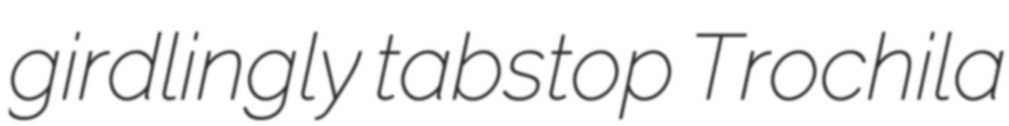
girdlingly tabstop Trochila